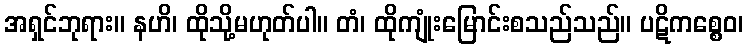
အရှင်ဘုရား။ နဟိ၊ ထိုသို့မဟုတ်ပါ။ တံ၊ ထိုကျုံးမြောင်းစသည်သည်။ ပဋိကစ္စေဝ၊